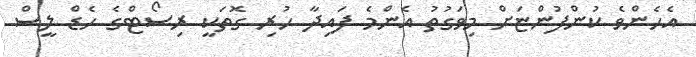
އެހެންވެ ކުންފުންޏަށް މިވަގުތު އެންމެ ފައިދާ ހުރި ގޮތަކީ ރިސޯޓްގެ ހެޑް ލީސް